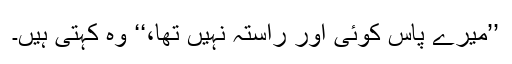
’’میرے پاس کوئی اور راستہ نہیں تھا،‘‘ وہ کہتی ہیں۔